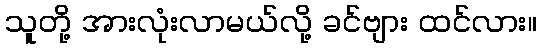
သူတို့ အားလုံးလာမယ်လို့ ခင်ဗျား ထင်လား။